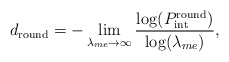
\begin{align*}{d_{{\textrm{round}}}} = -\mathop {\lim }\limits_{{\lambda_{me}} \to \infty } \dfrac{{\log (P^{\textrm{round}}_{{\textrm{int}}})}}{{\log({\lambda _{me}})}},\end{align*}